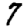
Digit: 7